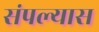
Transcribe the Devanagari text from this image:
संपल्यास